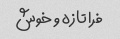
فرا تازه و خوش